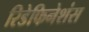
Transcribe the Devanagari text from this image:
रिडेफिनेशंस